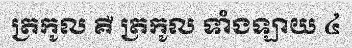
ត្រកូល គឺ ត្រកូល ទាំងឡាយ ៤